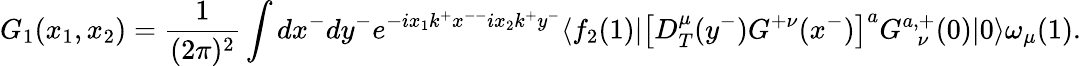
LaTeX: G_{1}(x_{1},x_{2})=\frac{1}{(2\pi)^{2}}\int dx^{-}dy^{-}e^{-ix_{1}k^{+}x^{--}ix_{2}k^{+}y^{-}}\langle f_{2}(1)\vert\big[D_{T}^{\mu}(y^{-})G^{+\nu}(x^{-})\big]^{a}G_{\ \ \ \nu}^{a,+}(0)\vert 0\rangle\omega_{\mu}(1).